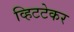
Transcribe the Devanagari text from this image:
व्हिटटेकर